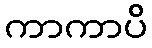
ကာကာပိ